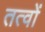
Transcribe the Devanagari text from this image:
तत्वोंं